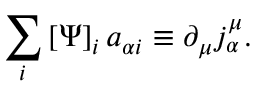
\sum _ { i } \left[ \Psi \right] _ { i } a _ { \alpha i } \equiv \partial _ { \mu } j _ { \alpha } ^ { \mu } .